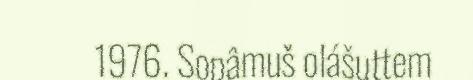
1976. Sopâmuš olášuttem